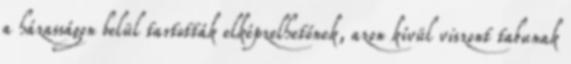
a házasságon belül tartották elképzelhetőnek, azon kívül viszont tabunak